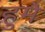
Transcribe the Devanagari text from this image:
हुमे